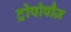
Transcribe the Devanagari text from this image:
ट्रोपोपौज़